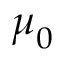
{ \boldsymbol { \mu } } _ { 0 }